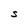
Character: S